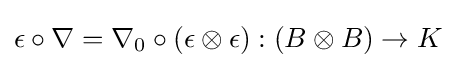
\epsilon \circ \nabla =\nabla _{0}\circ (\epsilon \otimes \epsilon ):(B\otimes B)\to K